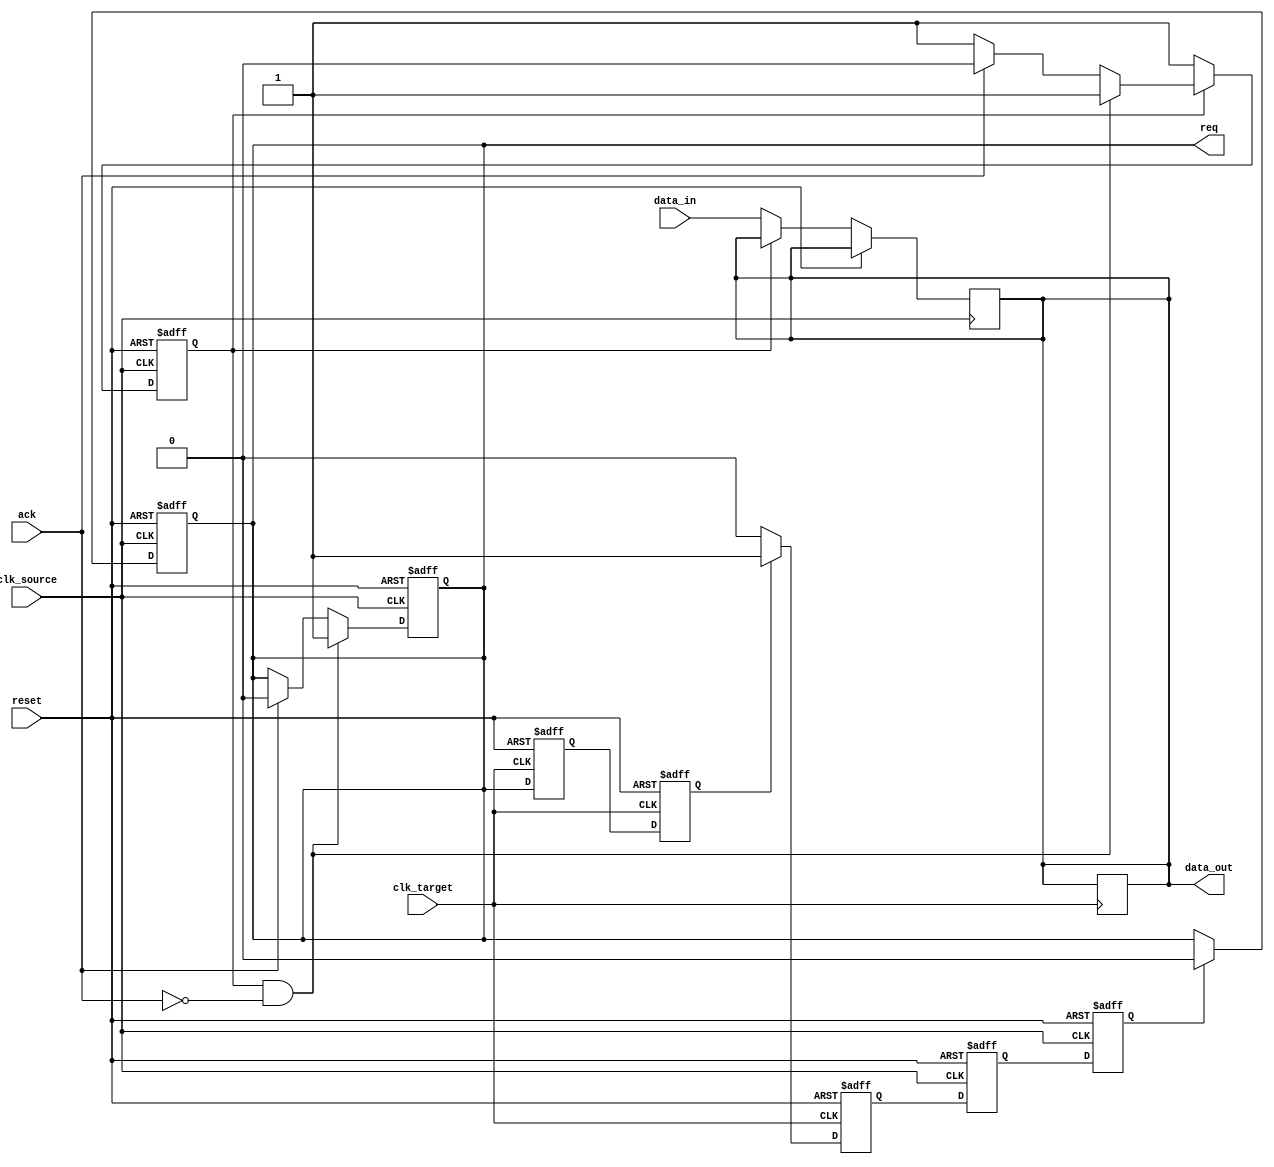
module handshake_synchronizer #(
    parameter DATA_WIDTH = 8      // Width of the data bus
) (
    input wire clk_source,         // Source clock
    input wire clk_target,         // Target clock
    input wire reset,              // Asynchronous reset
    input wire [DATA_WIDTH-1:0] data_in, // Data input from the source
    output reg req,                // Request signal from source
    input wire ack,                // Acknowledge signal from target
    output reg [DATA_WIDTH-1:0] data_out // Data output to the target
);

    // State variable for the handshake
    reg data_valid;                // Flag to indicate valid data
    wire req_sync;                 // Synchronized request signal
    wire ack_sync;                 // Synchronized acknowledge signal

    // Sender (Source domain)
    always @(posedge clk_source or posedge reset) begin
        if (reset) begin
            req <= 1'b0;
            data_valid <= 1'b0;
        end else begin
            if (data_valid && !ack) begin
                req <= 1'b1;          // Assert request if data is valid and ack is not yet received
            end else if (ack) begin
                req <= 1'b0;          // De-assert request when ack is received
                data_valid <= 1'b0;   // Clear valid data flag
            end
            
            if (!data_valid) begin
                // Assume some logic sets data_valid to 1 when data is ready to be sent
                // For example:
                // data_valid <= data_ready; // set this when data is ready
                data_valid <= 1'b1;       // Simulating Data ready
                data_out <= data_in;      // Load data to send
            end
        end
    end

    // Receiver (Target domain)
    reg req_sync_1, req_sync_2;

    // Synchronizing the request signal
    always @(posedge clk_target or posedge reset) begin
        if (reset) begin
            req_sync_1 <= 1'b0;
            req_sync_2 <= 1'b0;
        end else begin
            req_sync_1 <= req;           // First stage of synchronization
            req_sync_2 <= req_sync_1;    // Second stage of synchronization
        end
    end

    always @(posedge clk_target or posedge reset) begin
        if (reset) begin
            ack_sync <= 1'b0;            // Reset acknowledge signal
        end else begin
            if (req_sync_2) begin
                // Capture data and assert acknowledge
                data_out <= data_out;    // Pass data from the sender
                ack_sync <= 1'b1;         // Assert ack signal
            end else begin
                ack_sync <= 1'b0;         // De-assert ack when not requested
            end
        end
    end

    // Acknowledge signal back to source (synchronized)
    reg ack_sync_source_1, ack_sync_source_2;

    always @(posedge clk_source or posedge reset) begin
        if (reset) begin
            ack_sync_source_1 <= 1'b0;
            ack_sync_source_2 <= 1'b0;
        end else begin
            ack_sync_source_1 <= ack_sync; // Synchronizing ack signal back to the source
            ack_sync_source_2 <= ack_sync_source_1;
        end
    end

    // De-assert request signal on acknowledgment
    always @(posedge clk_source or posedge reset) begin
        if (reset) begin
            req <= 1'b0;
        end else if (ack_sync_source_2) begin
            req <= 1'b0;                    // De-assert request once ack is received
        end
    end
    
endmodule